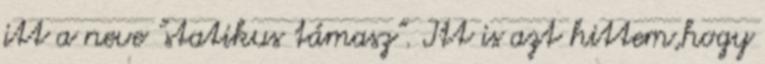
itt a neve "statikus támasz". Itt is azt hittem,hogy